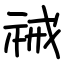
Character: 祴